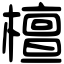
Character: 檀